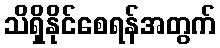
သိရှိနိုင်စေရန်အတွက်